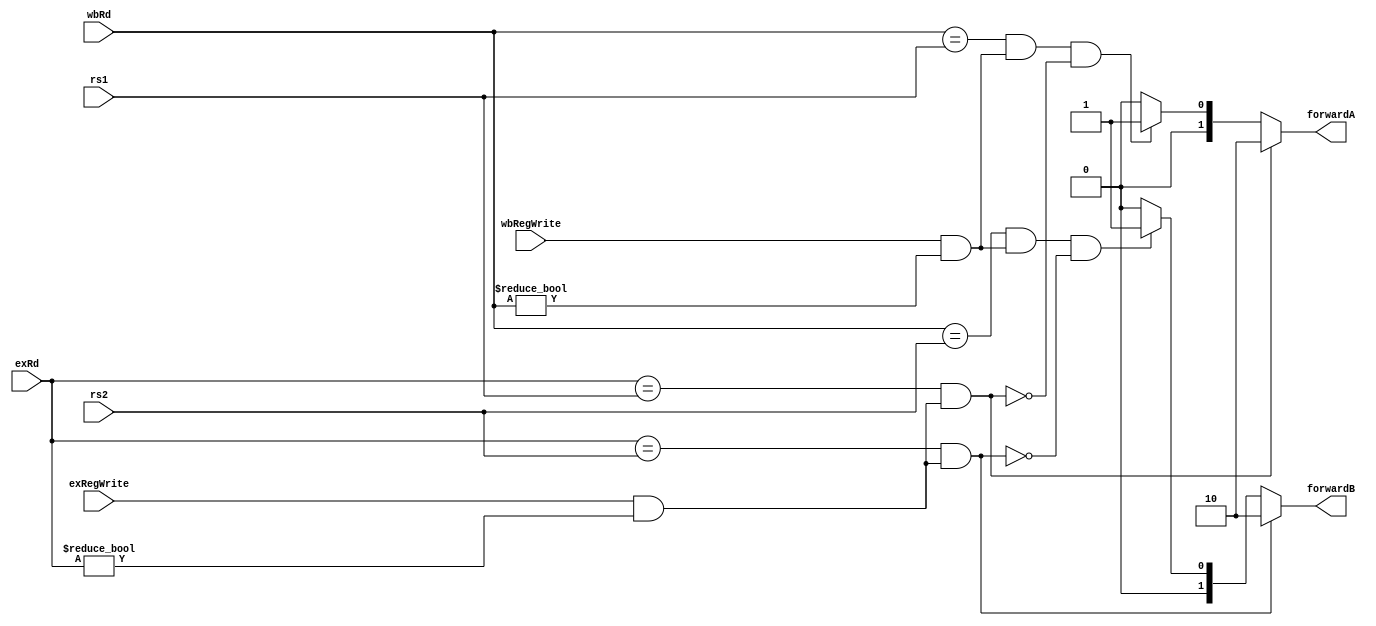
module forwardingUnit (
    input [4:0] rs1,
    input [4:0] rs2,
    
    input [4:0] exRd, // EXMEM RD 
    input [4:0] wbRd,  //MEMWB RD
    
    input exRegWrite, //EXMEM REGWRITE
    input wbRegWrite, //MEMWB REGWRITE
    
    output reg [1:0] forwardA,
    output reg [1:0] forwardB
 );
  
  always @(*)
    begin
      if ( (exRd == rs1) & (exRegWrite != 0 & exRd !=0))
          forwardA = 2'b10;
      else
        begin
          if (
            (wbRd == rs1) & 
            (wbRegWrite != 0 & wbRd != 0) & 
            ~((exRd == rs1) &(exRegWrite != 0 & exRd !=0)  )  
          )
              forwardA = 2'b01;
          else
              forwardA = 2'b00;
        end   
      if ( 
        (exRd == rs2) & 
        (exRegWrite != 0 & exRd !=0)
      )
        forwardB = 2'b10;        
      else    
          begin
            if ( 
              (wbRd == rs2) & 
              (wbRegWrite != 0 & wbRd != 0) &  
              ~((exRegWrite != 0 & exRd !=0 ) & 
                (exRd == rs2) ) 
            )
                forwardB = 2'b01;
            else
                forwardB = 2'b00;  
          end  
    end
endmodule